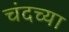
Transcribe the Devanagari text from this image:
चंदच्या